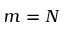
m = N